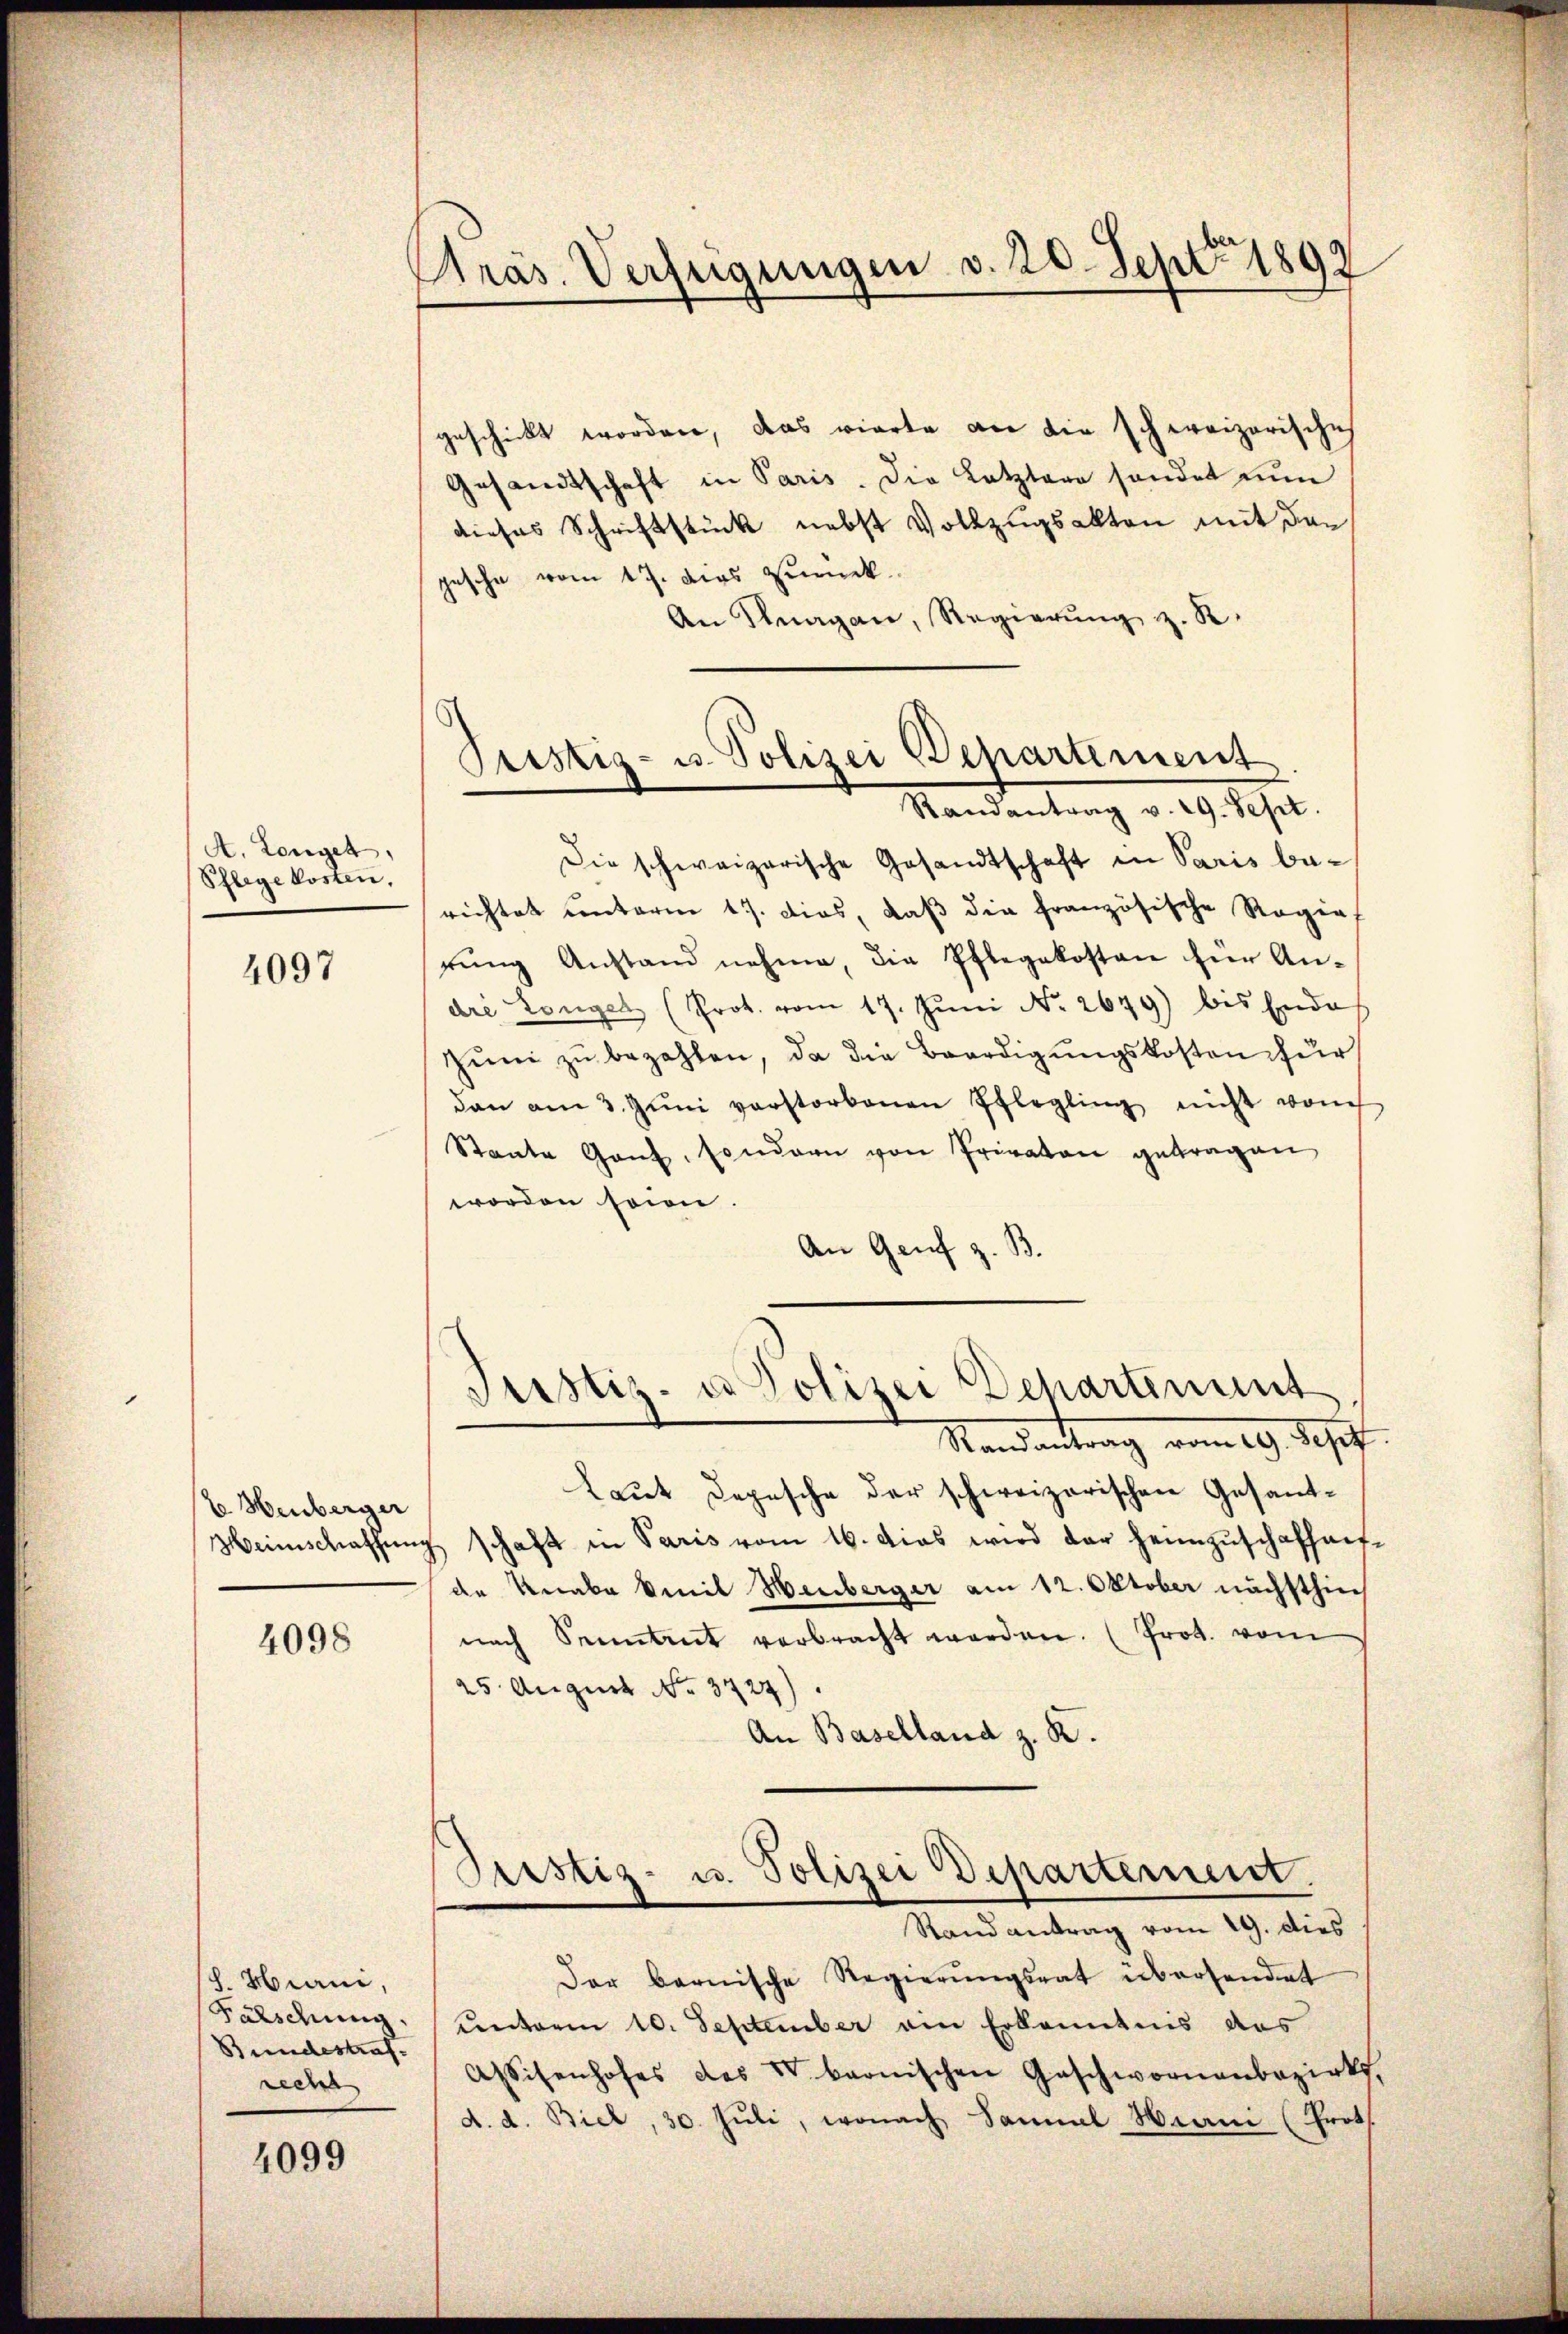
A. Langet,
Pflege kosten,

4097

E Heuberser

4098

S. Hiani,
Fälschung,
Bundestraf
recht

4099

Präs. Verfügungen v. 20. Sept 1899

Pristig- u. Polizei Departement

geschickt worden, das vierte an die schweizerische
Gesandtschaft in Paris. Die Letztere sondet un
dieses Schriftstück nebst Vollzugsakten mit der
gesehe vom 17. dies zurück
An Klagan, Regierŭng z. R.
Randantrag v. 29. Sept.
Die schweizerische Gesandtschaft in Paris berichtet unterm 17. dies, daβ die französische Regie
rŭng Anstand nehme, die Pflegekosten für An-
dre Langel (Prot. vom 17. Jŭni No. 2679) bis Ende
zŭm zŭ bezahlen, da die Beerdigungskosten für
dan am 3. Jŭni verstorbenen Pflegling nicht von
Staate Gant, sondern von Privaten getragen
worden seine.
An Genf z. B.
Justiz- u. Polizei Departement
Randantrag vom 19. Sept.
Laut Depesche der schweizerischen Gesant¬
Meinschaffung schaft in Paris vom 16. dies wird der Heimzuschaffentde Knabe Emil Henberger am 12. Oktober nächsthin
nach Senntent verbracht werden. (Prot. vom
25. August No. 3727).
An Baselland z. B.
Justiz- u. Polizei Departement.
Stand antrag vom 19. dies
Der bernische Regierŭngsrat übersendet
unterm 10. September ain Erkenntnis das
Assisenhofes des V. bernischen Geschwornenbezirks
d. d. Biel, 30. Juli, wonach Sanal Wien (Prot.